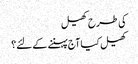
کی طرح کھیل
کھیل کیا آج پہننے کے لئے؟